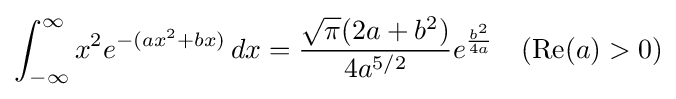
\int _{-\infty }^{\infty }x^{2}e^{-(ax^{2}+bx)}\,dx={\frac {{\sqrt {\pi }}(2a+b^{2})}{4a^{5/2}}}e^{\frac {b^{2}}{4a}}\quad (\operatorname {Re} (a)>0)